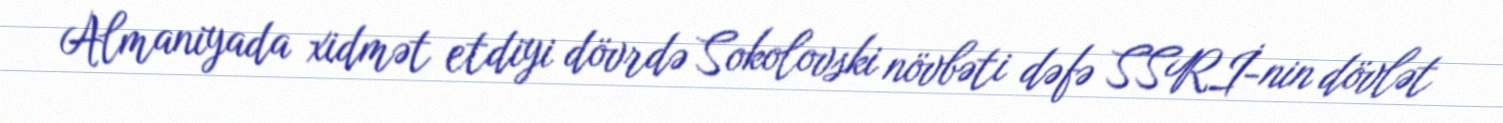
Almaniyada xidmət etdiyi dövrdə Sokolovski növbəti dəfə SSRİ-nin dövlət